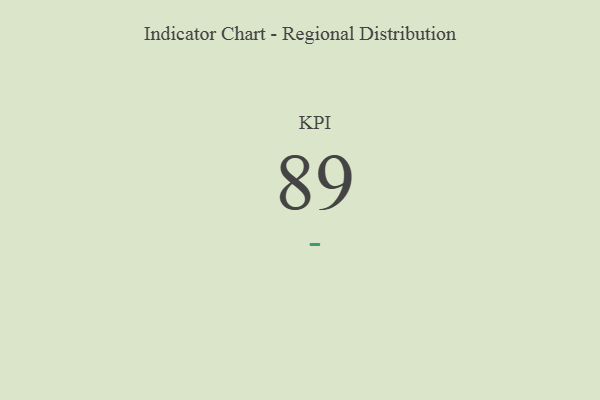
{"axis": {"x": "KPI", "y": "Value"}, "legend": [""], "data": [{"x": "KPI", "y": 89, "type": ""}]}